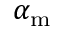
\alpha _ { \mathrm { m } }